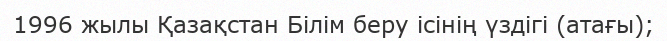
1996 жылы Қазақстан Білім беру ісінің үздігі (атағы);